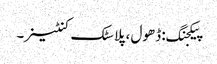
پیکجنگ: ڈھول ، پلاسٹک کنٹینر۔